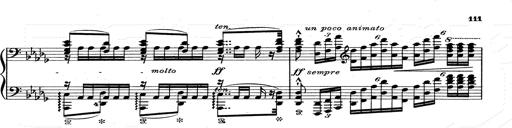
Title: Walhall aus Der Ring des Nibelungen
Composer: Franz Liszt